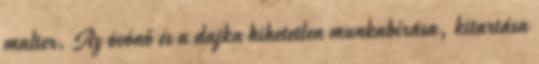
malter. Az óvónő és a dajka hihetetlen munkabírása, kitartása